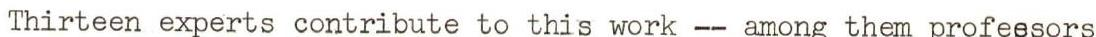
Thirteen experts contribute to this work -- among them professors